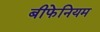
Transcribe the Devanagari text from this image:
बीफेनियम